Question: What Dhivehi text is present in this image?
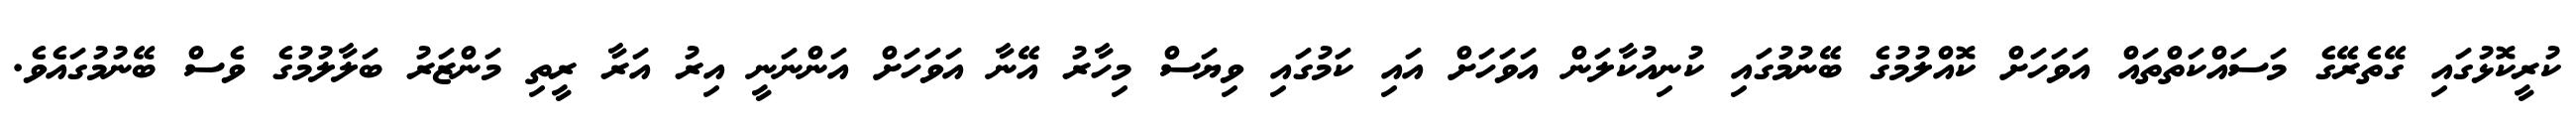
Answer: ކުރީކޮޅުގައި ގޭތެރޭގެ މަސައްކަތްތައް އަވަހަށް ކޮއްލުމުގެ ބޭނުމުގައި ކުނިއުކާލަން އަވަހަށް އައި ކަމުގައި ވިޔަސް މިހާރު އޭނާ އަވަހަށް އަންނަނީ އިރު އަރާ ރީތި މަންޒަރު ބަލާލުމުގެ ވެސް ބޭނުމުގައެވެ.